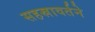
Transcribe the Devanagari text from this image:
सहस्रावर्तने